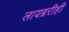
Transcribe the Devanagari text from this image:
लायब्ररीही